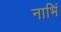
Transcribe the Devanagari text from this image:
नाभिं